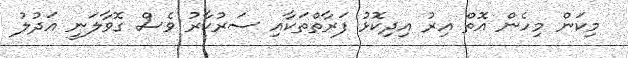
މިކަން މިހެން އޮތް އިރު އިދިކޮޅު ފަރާތްތަކާއި ސަރުކާރު ވެސް ގޮވާލަނީ އަދުލު